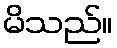
မိသည်။